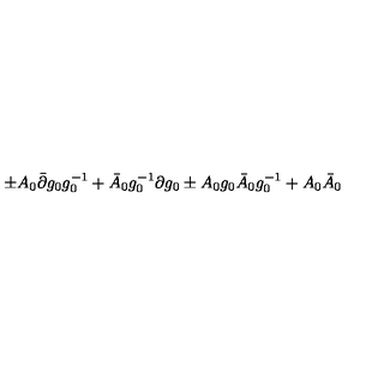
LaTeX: \pm A _ { 0 } \bar { \partial } g _ { 0 } g _ { 0 } ^ { - 1 } + \bar { A } _ { 0 } g _ { 0 } ^ { - 1 } \partial g _ { 0 } \pm A _ { 0 } g _ { 0 } \bar { A } _ { 0 } g _ { 0 } ^ { - 1 } + A _ { 0 } \bar { A } _ { 0 }